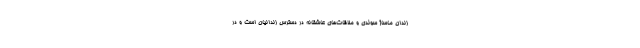
زندان ماساژ سوئدی و ملاقات‌های عاشقانه در دسترس زندانیان است و در